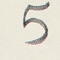
5